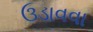
ઉડાવવા